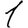
Digit: 1